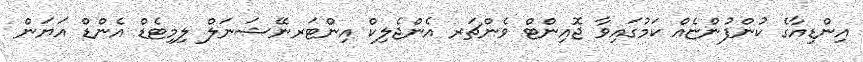
އިންޑިއާގެ ކުންފުންޏެއް ކަމުގައިވާ ޖޮއިންޓް ވެންޗަރ އެންޖެލިކް އިންޓަރނޭޝަނަލް ލިމިޓެޑް އެންޑް އަޔަން